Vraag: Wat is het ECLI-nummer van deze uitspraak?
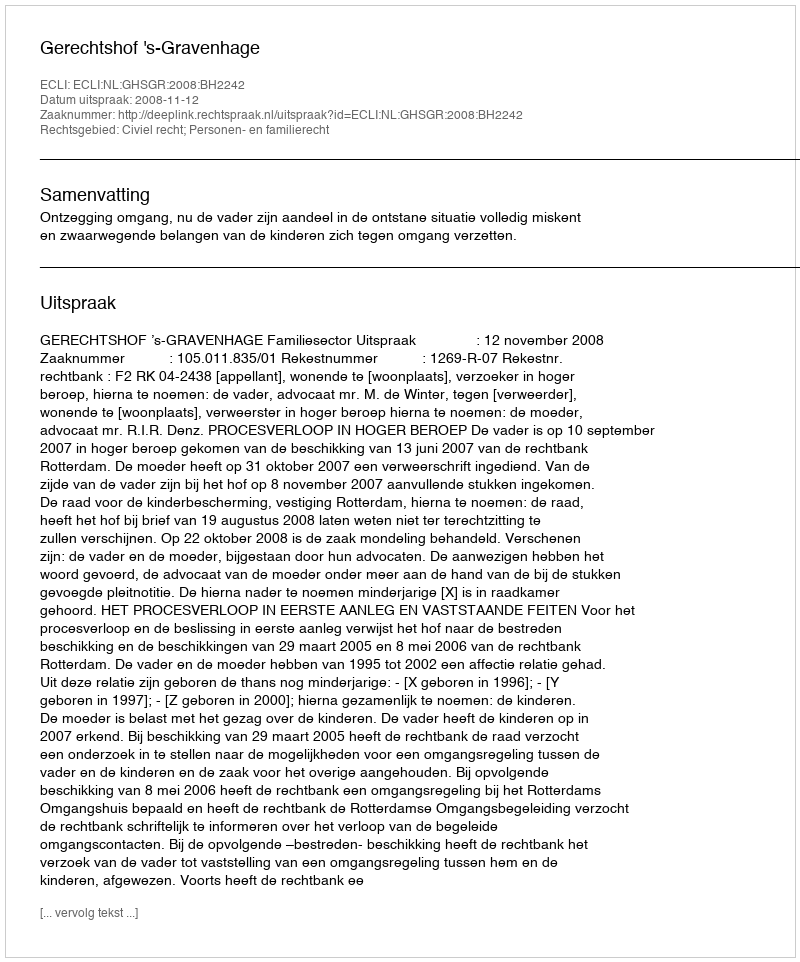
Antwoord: ECLI:NL:GHSGR:2008:BH2242